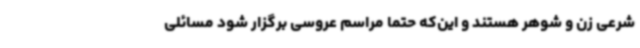
شرعی زن و شوهر هستند و این‌که حتماً مراسم عروسی برگزار شود مسائلی